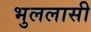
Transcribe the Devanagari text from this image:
भुललासी